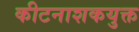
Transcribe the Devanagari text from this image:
कीटनाशकयुक्त